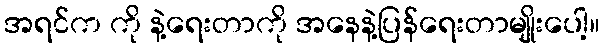
အရင်က ကို နဲ့ရေးတာကို အနေနဲ့ပြန်ရေးတာမျိုးပေါ့။